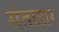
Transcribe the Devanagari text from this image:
संताहार